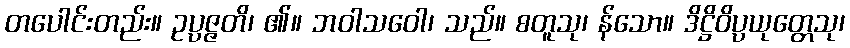
တပေါင်းတည်း။ ဥပ္ပဇ္ဇတိ၊ ၏။ ဘဝါသဝေါ၊ သည်။ စတူသု၊ န်သော။ ဒိဋ္ဌိဝိပ္ပယုတ္တေသု၊